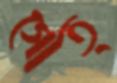
গোত্